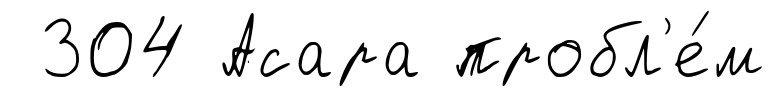
304 Асара пробл'е́м